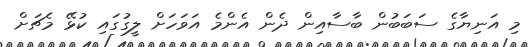
މި އަނިޔާގެ ސަބަބުން ބާސާއިން ދެން އެންމެ އަވަހަށް ލީގުގައި ކުޅޭ މެޗަށް